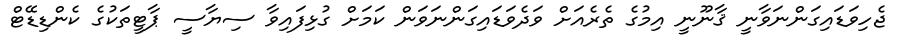
ޖެހިވަޑައިގަންނަވާނީ ޤާނޫނީ އިމުގެ ތެރެއަށް ވަދެވަޑައިގަންނަވަން ކަމަށް ގުޅިފައިވާ ސިޔާސީ ޕާޓީތަކުގެ ކެންޑިޑޭޓް